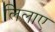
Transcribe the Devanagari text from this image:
लिलाए